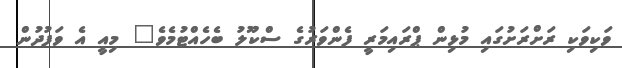
ވަކިވަކި ރަށްރަށުގައި މުޅިން ޕްރައިމަރީ ފެންވަރުގެ ސްކޫލު ބެހެއްޓުމެވެ" މިއީ އެ ވަފުދުން